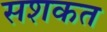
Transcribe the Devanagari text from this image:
सशकत